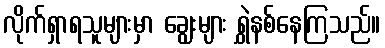
လိုက်ရှာရသူများမှာ ချွေးများ ရွှဲနစ်နေကြသည်။